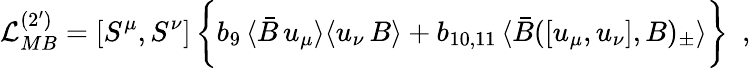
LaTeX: {\cal L}_{MB}^{(2^{\prime})}=[S^{\mu},S^{\nu}]\, \biggl\{ b_{9}\, \langle\bar{B}\, u_{\mu}\rangle\langle u_{\nu}\, B\rangle+b_{10,11}\, \langle\bar{B}([u_{\mu},u_{\nu}],B)_{\pm}\rangle\biggr\} \, \, \, ,